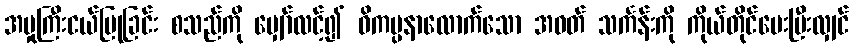
အမှုကြီးငယ်ပြုခြင်း စသည်ကို မျှော်လင့်၍ ဝိကပ္ပနာလောက်သော အဝတ် သင်္ကန်းကို ကိုယ်တိုင်ပေးပြီးလျှင်